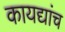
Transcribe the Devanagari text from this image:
कायद्यांच